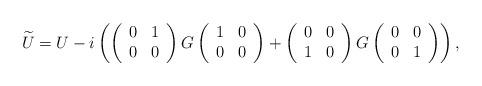
LaTeX: \begin{align*}\widetilde{U} = U -i \left(\left(\begin{array} {cc} 0 & 1 \\ 0 & 0 \end{array}\right) G \left(\begin{array}{cc} 1 & 0 \\ 0 & 0 \end{array}\right)+ \left(\begin{array} {cc} 0 & 0 \\ 1 & 0 \end{array}\right) G\left(\begin{array} {cc} 0 & 0 \\ 0 & 1 \end{array}\right)\right),\end{align*}